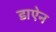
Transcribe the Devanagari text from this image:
डाऐन